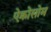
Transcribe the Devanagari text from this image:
ऐक्रोसोम